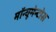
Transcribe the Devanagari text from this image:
मॉन्यूमेन्टोस